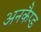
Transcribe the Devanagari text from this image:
अनकैप्ड